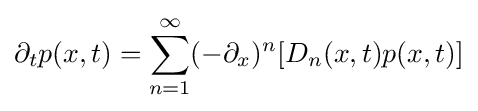
\partial _{t}p(x,t)=\sum _{n=1}^{\infty }(-\partial _{x})^{n}[D_{n}(x,t)p(x,t)]